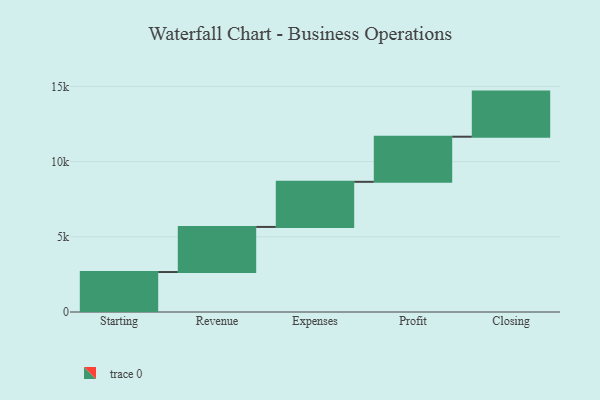
{"axis": {"x": "Step", "y": "Value"}, "legend": [""], "data": [{"x": "Starting", "y": 2658.0, "type": ""}, {"x": "Revenue", "y": 3000, "type": ""}, {"x": "Expenses", "y": 3000, "type": ""}, {"x": "Profit", "y": 3000, "type": ""}, {"x": "Closing", "y": 3000, "type": ""}]}